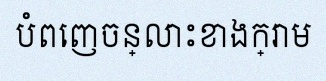
បំពេញចន្លោះខាងក្រោម